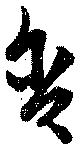
含